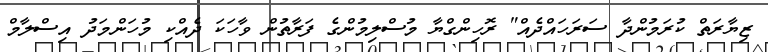
ޒިޔާރަތް ކުރަމުންދާ ސަރަހައްދެއް" ރޮހިންގްޔާ މުސްލިމުންގެ ފަރާތުން ވާހަކަ ދެއްކި މުހަންމަދު އިސްލާމް